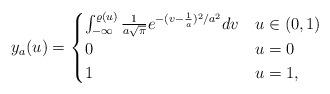
LaTeX: \begin{align*}y_a(u)=\begin{cases}\int_{-\infty}^{\varrho(u)} \frac{1}{a\sqrt{\pi}}e^{-(v-\frac{1}{a})^{2}/a^{2}}d v & u\in(0,1)\\0 & u=0\\1 & u=1,\end{cases}\end{align*}